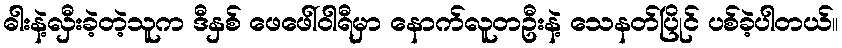
ဓါးနဲ့လှီးခဲ့တဲ့သူက ဒီနှစ် ဖေဖေါ်ဝါရီမှာ နောက်လူတဦးနဲ့ သေနတ်ပြိုင် ပစ်ခဲ့ပါတယ်။